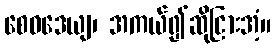
စေဝဒေယျ၊ အကယ်၍ဆိုငြားအံ့။